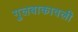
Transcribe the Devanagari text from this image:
गुलबाकावली